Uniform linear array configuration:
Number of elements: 12
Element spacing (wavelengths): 0.25
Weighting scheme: binomial
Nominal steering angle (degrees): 0
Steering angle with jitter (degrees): -1.161
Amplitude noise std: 0.05
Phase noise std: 0.05

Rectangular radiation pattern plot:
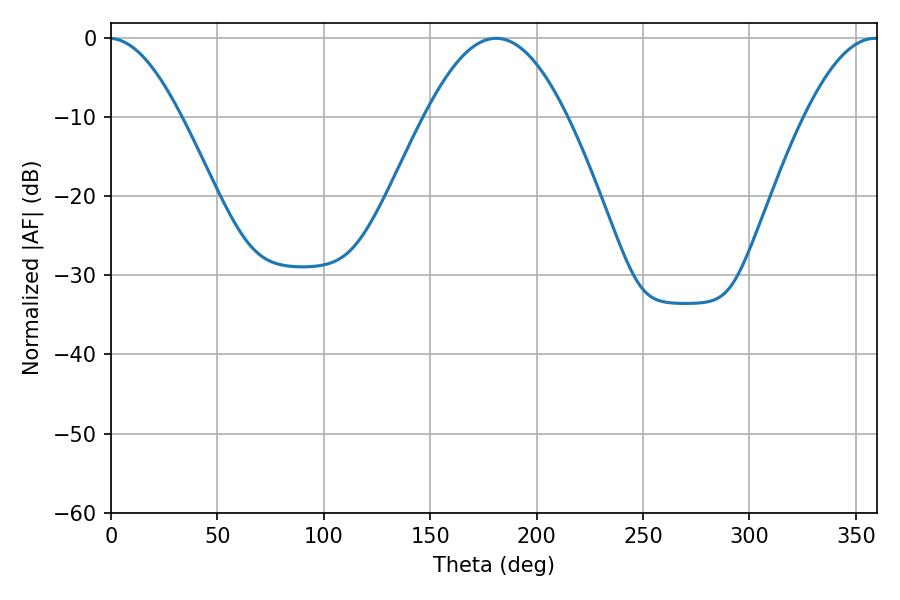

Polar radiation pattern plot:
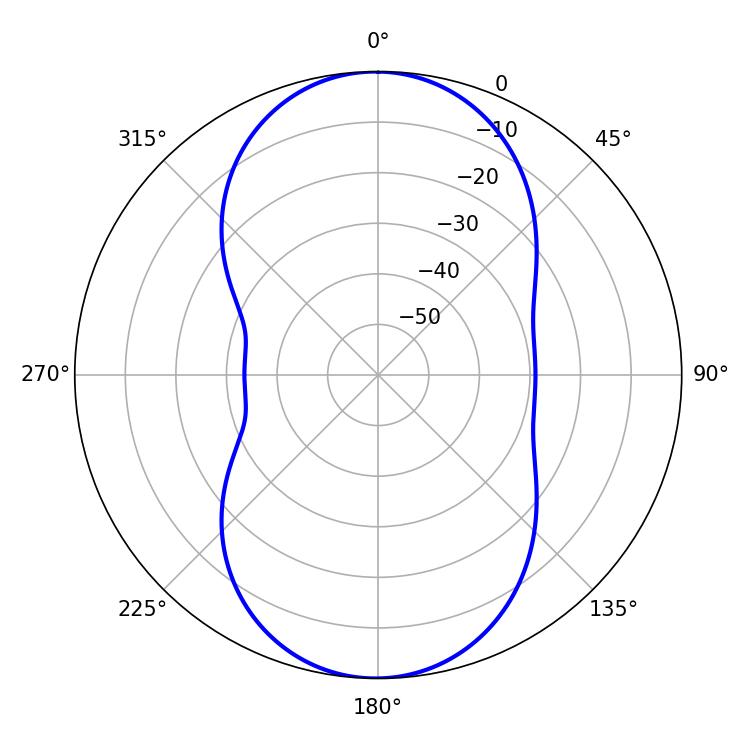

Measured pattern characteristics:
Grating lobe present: FALSE
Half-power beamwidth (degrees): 36.36
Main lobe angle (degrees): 180.9